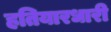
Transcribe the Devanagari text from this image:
हतियारधारी